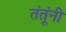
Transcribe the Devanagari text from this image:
तंतूंनी